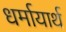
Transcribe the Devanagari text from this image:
धर्मायार्थ